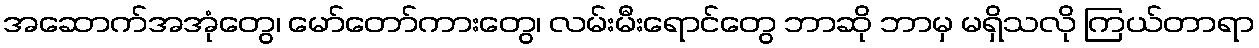
အဆောက်အအုံတွေ၊ မော်တော်ကားတွေ၊ လမ်းမီးရောင်တွေ ဘာဆို ဘာမှ မရှိသလို ကြယ်တာရာ